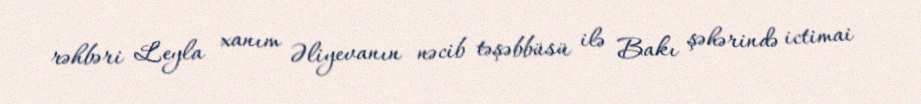
rəhbəri Leyla xanım Əliyevanın nəcib təşəbbüsü ilə Bakı şəhərində ictimai